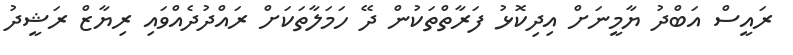
ރައީސް އަބްދު ޔާމީނަށް އިދިކޮޅު ފަރާތްތަކުން ދޭ ހަމަލާތަކަށް ރައްދުދެއްވައި ރިޔާޒް ރަޝީދު